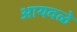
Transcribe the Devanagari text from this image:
आयवळे